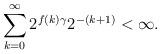
LaTeX: \begin{align*}\sum_{k=0}^\infty 2^{f(k)\gamma}2^{-(k+1)}<\infty.\end{align*}